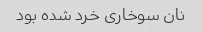
نان سوخاری خرد شده بود